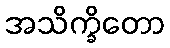
အသိက္ခိတော